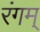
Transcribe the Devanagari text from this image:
रंगम्